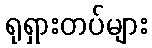
ရုရှားတပ်များ